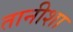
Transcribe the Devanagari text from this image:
तानीशा